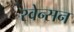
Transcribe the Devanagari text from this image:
स्वेन्सन